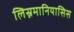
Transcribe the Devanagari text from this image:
लिस्नमानियासिस